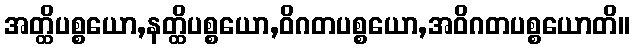
အတ္ထိပစ္စယော,နတ္ထိပစ္စယော,ဝိဂတပစ္စယော,အဝိဂတပစ္စယောတိ။